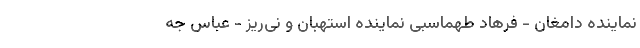
نماینده دامغان - فرهاد طهماسبی نماینده استهبان و نی‌ریز - عباس جه